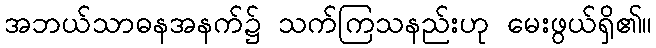
အဘယ်သာဓနအနက်၌ သက်ကြသနည်းဟု မေးဖွယ်ရှိ၏။